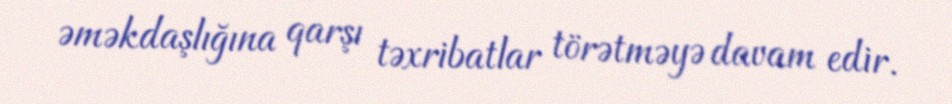
əməkdaşlığına qarşı təxribatlar törətməyə davam edir.